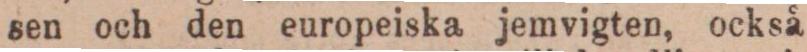
sen och den europeiska jemvigten, också